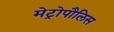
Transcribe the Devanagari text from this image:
मेट्रोपौलिस